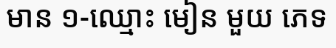
មាន ១-ឈ្មោះ មៀន មួយ ភេទ